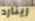
رينارد